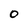
Character: O